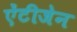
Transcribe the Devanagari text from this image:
ऐंटीजेन